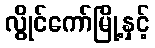
လွိုင်ကော်မြို့နှင့်